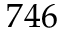
7 4 6